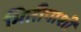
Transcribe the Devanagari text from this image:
भितीपाशी